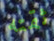
ثقته